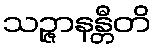
သဉ္ဇာနန္တီတိ